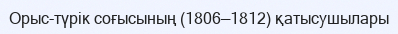
Орыс-түрік соғысының (1806—1812) қатысушылары